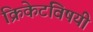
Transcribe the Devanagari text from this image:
क्रिकेटविषयी